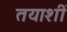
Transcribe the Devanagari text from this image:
तयाशीं